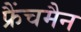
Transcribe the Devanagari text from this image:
फ्रैंचमैन